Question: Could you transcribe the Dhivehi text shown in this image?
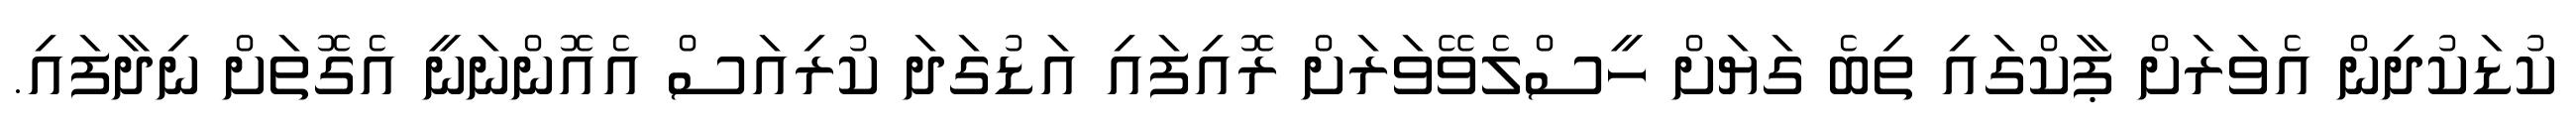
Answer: ކުޑަކުދިން އެވަރަށް ޕާކްގައި ތިބެ ގަޔަށް ހީސްލެވޭވަރަށް ރޮއިފައި އަޑުގަދަ ކުރިއަސް އެއޮންނަނީ އެގޮތަށް ނިދާފައި.